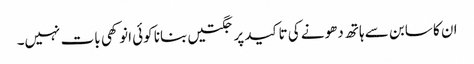
ان کا سابن سے ہاتھ دھونے کی تاکید پر جگتیں بنانا کوئی انوکھی بات نہیں۔